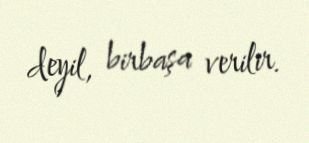
deyil, birbaşa verilir.